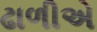
ઢાળીએ